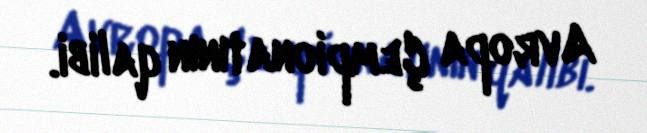
Avropa Çempionatının qalibi.